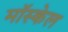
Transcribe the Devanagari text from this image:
मॉस्केल